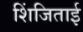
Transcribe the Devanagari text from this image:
शिंजिताई